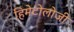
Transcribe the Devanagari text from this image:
हिमेटोलोजी